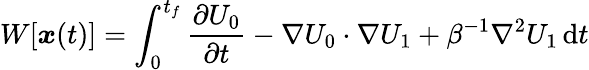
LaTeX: W[{\boldsymbol{x}}(t)]=\int_{0}^{t_{f}}\frac{\partial U_{0}}{\partial t}-\nabla U_{0}\cdot\nabla U_{1}+\beta^{-1}\nabla^{2}U_{1}\, \mathrm{d}t